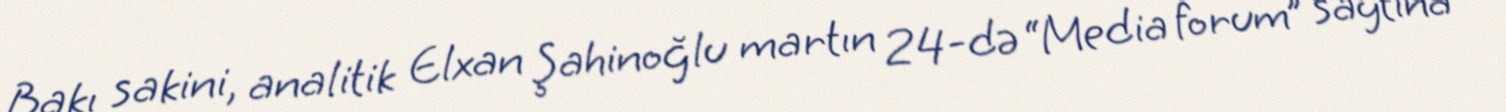
Bakı sakini, analitik Elxan Şahinoğlu martın 24-də “Media forum” saytına